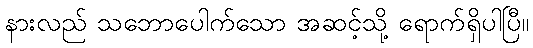
နားလည် သဘောပေါက်သော အဆင့်သို့ ရောက်ရှိပါပြီ။